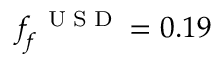
f _ { f } ^ { \mathrm { ~ \tiny ~ U ~ S ~ D ~ } } = 0 . 1 9